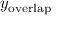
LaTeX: \, y _ { \mathrm { o v e r l a p } }